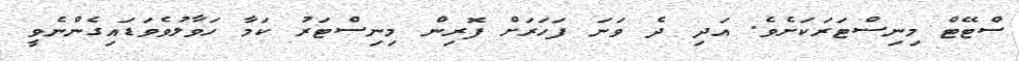
ސްޓޭޓް މިނިސްޓަރަކަށެވެ. އަދި ދެ ވަނަ ފަހަރަށް ފޮރިން މިނިސްޓަރު ކަމާ ހަވާލުވެވަޑައިގެންނެވީ